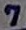
Text: 7